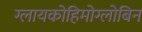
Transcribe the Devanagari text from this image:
ग्लायकोहिमोग्लोबिन